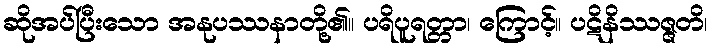
ဆိုအပ်ပြီးသော အနုပဿနာတို့၏။ ပရိပူရတ္တာ၊ ကြောင့်။ ပဋိနိဿဇ္ဇတိ၊